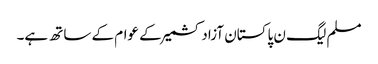
مسلم لیگ ن پاکستان آزادکشمیر کے عوام کے ساتھ ہے۔